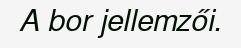
A bor jellemzői.